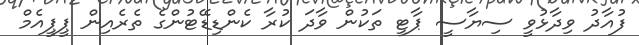
ފުއާދު ވިދާޅުވީ ސިޔާސީ ޕާޓީ ތަކުން ވާދަ ކުރާ ކެންޑިޑޭޓުންގެ ތެރެއިން ޕީޕީއެމް